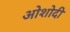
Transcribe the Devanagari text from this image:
ओशोदी